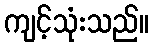
ကျင့်သုံးသည်။